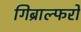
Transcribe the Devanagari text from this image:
गिब्राल्फरो